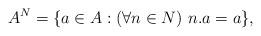
LaTeX: \begin{align*}A^N = \{ a \in A : (\forall n \in N) ~ n.a = a \} ,\end{align*}